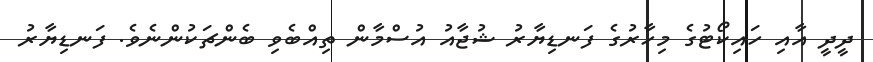
ދީދީ އާއި ހައިކޯޓުގެ މިހާރުގެ ފަނޑިޔާރު ޝުޖާއު އުސްމާން ތިއްބެވި ބެންޗަކުންނެވެ. ފަނޑިޔާރު